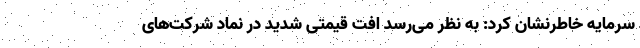
سرمایه خاطرنشان کرد: به نظر می‌رسد افت قیمتی شدید در نماد شرکت‌های